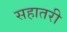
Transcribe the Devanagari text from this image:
सहातरी